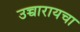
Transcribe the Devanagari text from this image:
उच्चारायचा